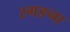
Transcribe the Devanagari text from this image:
रगङना